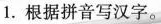
1. 根据拼音写汉字。